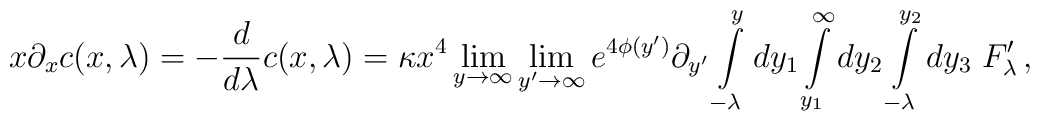
x\partial_x c(x,\lambda ) = -\frac{d}{d\lambda }c(x,\lambda ) =   \kappa x^4 \lim_{y\rightarrow\infty} \lim_{y'\rightarrow\infty} e^{4\phi (y')}  \partial_{y'}\int\limits_{-\lambda }^{y}dy_1\int\limits_{y_1}^{\infty}dy_2\int\limits_{-\lambda }^{y_2}dy_3 \; F'_{\lambda}\,,